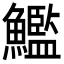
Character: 𩼳